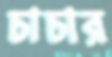
চাচার